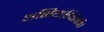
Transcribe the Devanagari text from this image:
अभियान्त्रिकी।